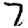
Digit: 7